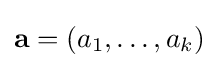
\mathbf {a} =(a_{1},\ldots ,a_{k})